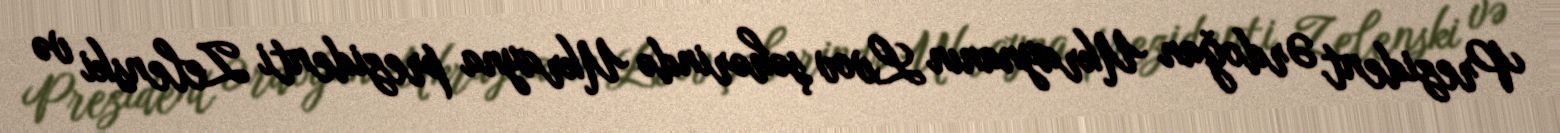
Prezident Ərdoğan Ukraynanın Lvov şəhərində Ukrayna prezidenti Zelenski və